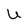
Character: U